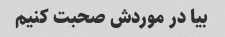
بیا در موردش صحبت کنیم